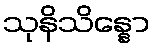
သုနိသိန္နော